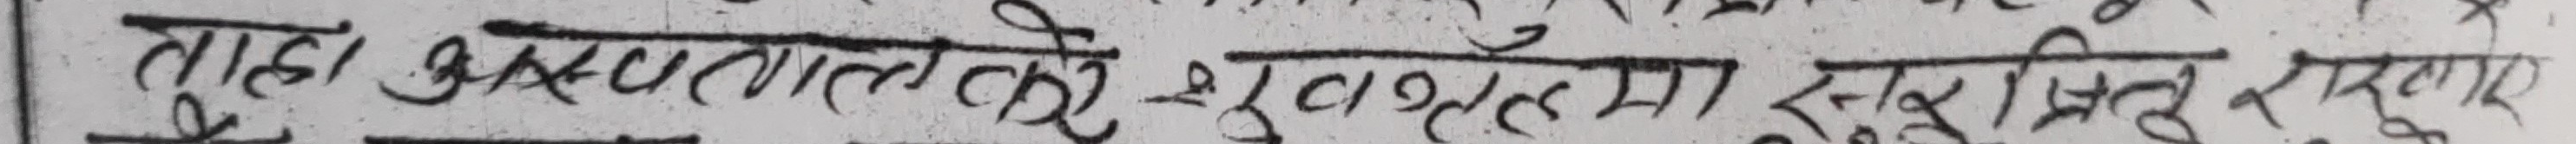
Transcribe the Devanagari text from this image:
तहा अस्पतालदेखि सुधारका इसुरसितुखपार